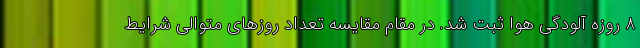
۸ روزه آلودگی هوا ثبت شد. در مقام مقایسه تعداد روزهای متوالی شرایط